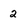
Character: 2